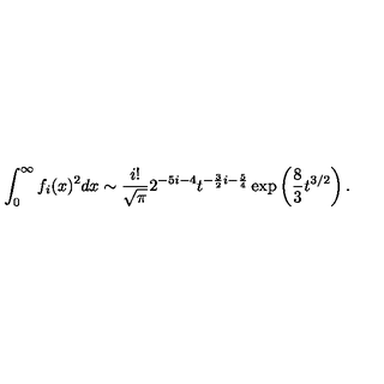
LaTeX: \int _ { 0 } ^ { \infty } f _ { i } ( x ) ^ { 2 } d x \sim { \frac { i ! } { \sqrt \pi } } 2 ^ { - 5 i - 4 } t ^ { - { \frac { 3 } { 2 } } i - { \frac { 5 } { 4 } } } \exp \left( { \frac { 8 } { 3 } } t ^ { 3 / 2 } \right) .